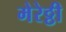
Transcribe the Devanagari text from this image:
मेरेठ्ठी